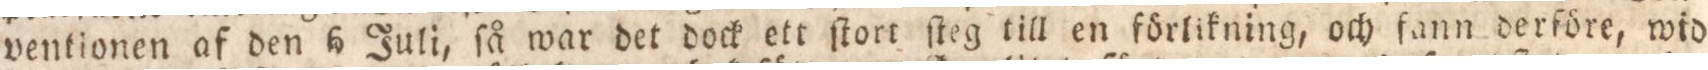
ventionen af den 6 Juli, ſå war det dock ett ſtort ſteg till en förlikning, och fann derföre, wid